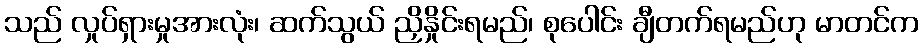
သည် လှုပ်ရှားမှုအားလုံး၊ ဆက်သွယ် ညှိနှိုင်းရမည်၊ စုပေါင်း ချီတက်ရမည်ဟု မာတင်က